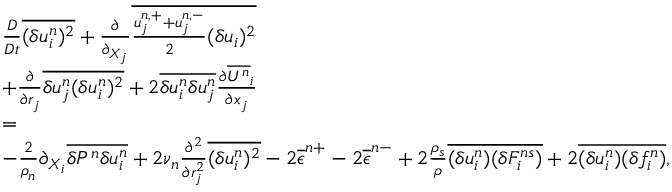
\begin{array} { r l r } & { \frac { D } { D t } \overline { { ( \delta u _ { i } ^ { n } ) ^ { 2 } } } + \frac { \partial } { \partial _ { X _ { j } } } \overline { { \frac { u _ { j } ^ { n , + } + u _ { j } ^ { n , - } } { 2 } ( \delta u _ { i } ) ^ { 2 } } } } & \\ & { + \frac { \partial } { \partial { r _ { j } } } \overline { { \delta u _ { j } ^ { n } ( \delta u _ { i } ^ { n } ) ^ { 2 } } } + 2 \overline { { \delta u _ { i } ^ { n } \delta u _ { j } ^ { n } } } \frac { \partial \overline { { U ^ { n } } } _ { i } } { \partial x _ { j } } } & \\ & { = } & \\ & { - \frac { 2 } { \rho _ { n } } \partial _ { X _ { i } } \overline { { \delta P ^ { n } \delta u _ { i } ^ { n } } } + 2 \nu _ { n } \frac { \partial ^ { 2 } } { \partial r _ { j } ^ { 2 } } \overline { { ( \delta u _ { i } ^ { n } ) ^ { 2 } } } - 2 \overline { { \epsilon } } ^ { n + } - 2 \overline { { \epsilon } } ^ { n - } + 2 \frac { \rho _ { s } } { \rho } \overline { { ( \delta u _ { i } ^ { n } ) ( \delta F _ { i } ^ { n s } ) } } + 2 \overline { { ( \delta u _ { i } ^ { n } ) ( \delta f _ { i } ^ { n } ) } } , } & \end{array}